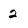
Character: 2